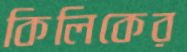
কিলিকের